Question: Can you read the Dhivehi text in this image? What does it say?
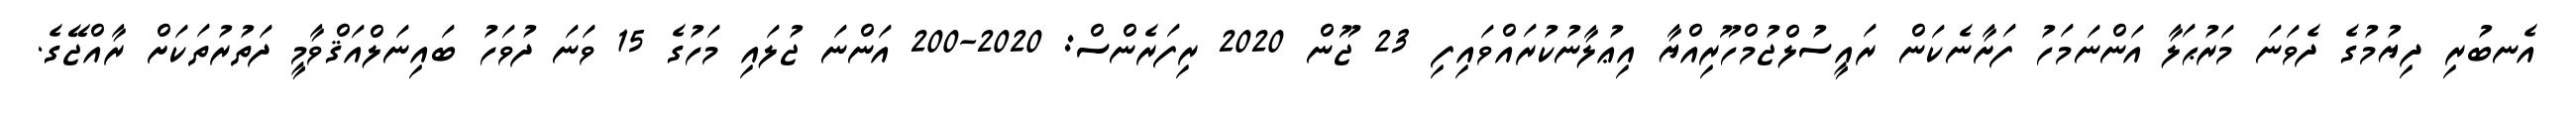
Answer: އެނބުރި ދިޔުމުގެ ދެވަނަ މަރުޙަލާ އަންނަމަހު ފަށާނެކަން ރައީސުލްޖުމްހޫރިއްޔާ އިޢުލާނުކުރައްވައިފި 23 ޖޫން 2020 ރިފަރެންސް: 2020-200 އަންނަ ޖުލައި މަހުގެ 15 ވަނަ ދުވަހު ބައިނަލްއަޤްވާމީ ދަތުރުތަކަށް ރާއްޖޭގެ.